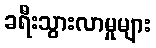
ခရီးသွားလာမှုများ